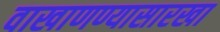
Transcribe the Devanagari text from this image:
वाखाणण्यासारखा